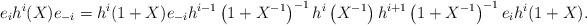
LaTeX: \begin{align*}e_i h^i(X)e_{-i}=h^i(1+X)e_{-i} h^{i-1}\left(1+X^{-1}\right)^{-1}h^i\left(X^{-1}\right)h^{i+1}\left(1+X^{-1}\right)^{-1}e_i h^i(1+X).\end{align*}